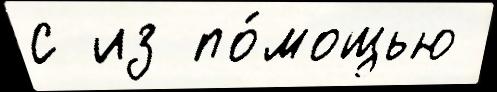
с из по́мощью